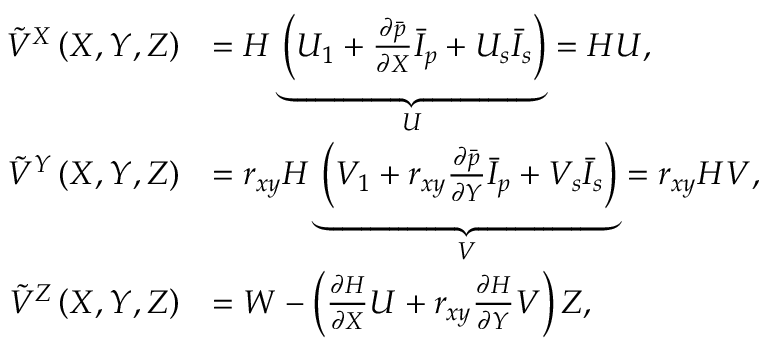
\begin{array} { r l } { \Tilde { V } ^ { X } \left( X , Y , Z \right) } & { = H \underbrace { \left( U _ { 1 } + \frac { \partial \Bar { p } } { \partial X } \Bar { I } _ { p } + U _ { s } \Bar { I } _ { s } \right) } _ { U } = H U , } \\ { \Tilde { V } ^ { Y } \left( X , Y , Z \right) } & { = r _ { x y } H \underbrace { \left( V _ { 1 } + r _ { x y } \frac { \partial \Bar { p } } { \partial Y } \Bar { I } _ { p } + V _ { s } \Bar { I } _ { s } \right) } _ { V } = r _ { x y } H V , } \\ { \Tilde { V } ^ { Z } \left( X , Y , Z \right) } & { = W - \left( \frac { \partial H } { \partial X } U + r _ { x y } \frac { \partial H } { \partial Y } V \right) Z , } \end{array}